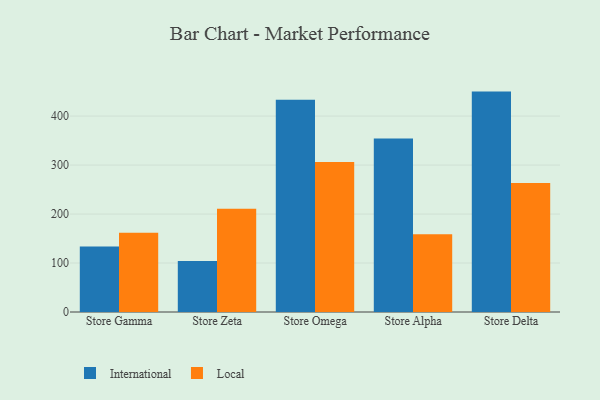
{"axis": {"x": "Store", "y": "Conversion Rate (%)"}, "legend": ["International", "Local"], "data": [{"x": "Store Gamma", "y": 133.7, "type": "International"}, {"x": "Store Gamma", "y": 161.7, "type": "Local"}, {"x": "Store Zeta", "y": 104.3, "type": "International"}, {"x": "Store Zeta", "y": 210.6, "type": "Local"}, {"x": "Store Omega", "y": 433.4, "type": "International"}, {"x": "Store Omega", "y": 306.5, "type": "Local"}, {"x": "Store Alpha", "y": 354.3, "type": "International"}, {"x": "Store Alpha", "y": 159.0, "type": "Local"}, {"x": "Store Delta", "y": 450.0, "type": "International"}, {"x": "Store Delta", "y": 263.5, "type": "Local"}]}